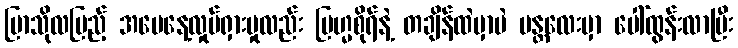
ပြာသိုလပြည့် အမေနေ့လှုပ်ရှားမှုလည်း ဗြဟ္မစိုရ်နဲ့ တချိန်ထဲမှာပဲ မန္တလေးမှာ ပေါ်ထွန်းလာပြီး